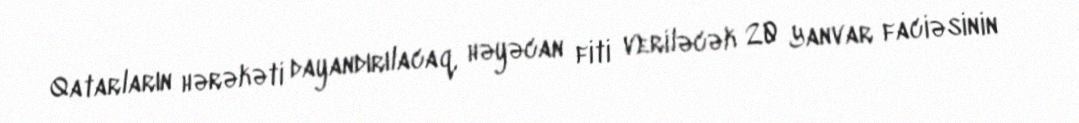
Qatarların hərəkəti dayandırılacaq, həyəcan fiti veriləcək 20 Yanvar faciəsinin